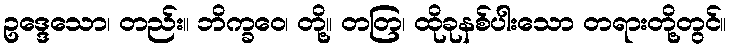
ဥဒ္ဒေသော၊ တည်း။ ဘိက္ခဝေ၊ တို့။ တတြ၊ ထိုခုနစ်ပါးသော တရားတို့တွင်။